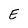
Character: E